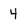
Character: 4